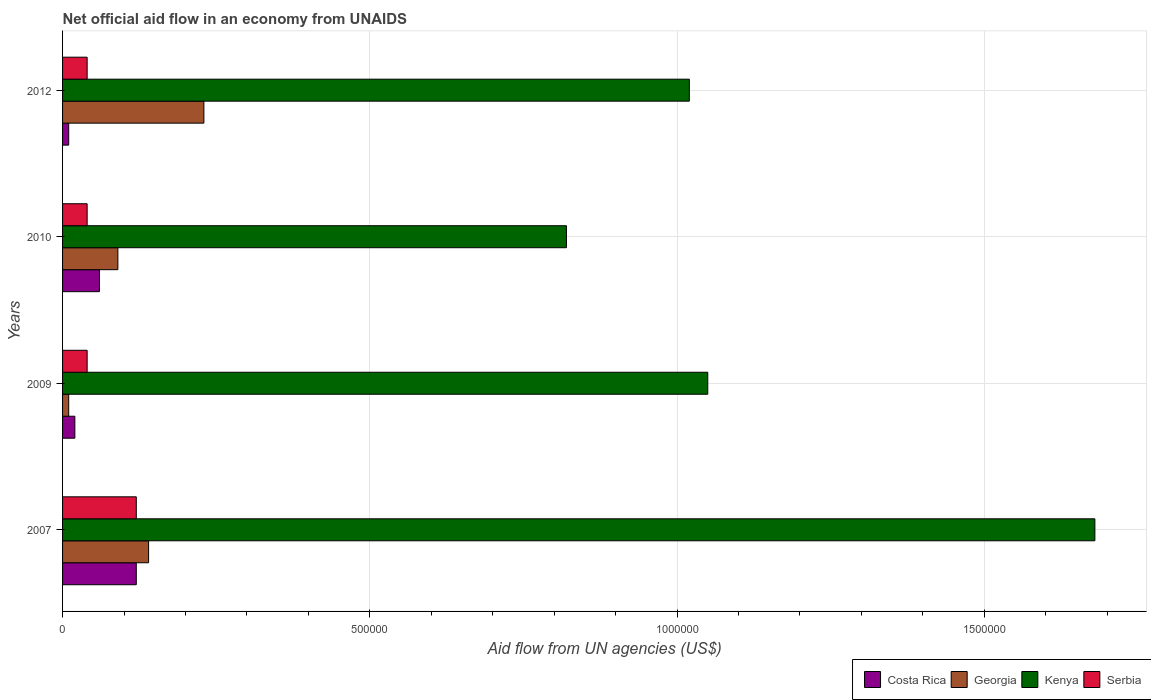
| Years | Costa Rica | Georgia | Kenya | Serbia |
 | --- | --- | --- | --- | --- |
 | 2007 | 1.2e+05 | 1.4e+05 | 1.68e+06 | 1.2e+05 |
 | 2009 | 2e+04 | 1e+04 | 1.05e+06 | 4e+04 |
 | 2010 | 6e+04 | 9e+04 | 8.2e+05 | 4e+04 |
 | 2012 | 1e+04 | 2.3e+05 | 1.02e+06 | 4e+04 |